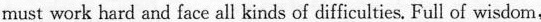
must work hard and face all kinds of difficulties. Full of wisdom,